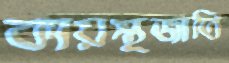
কায়স্থজাতি